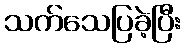
သက်သေပြခဲ့ပြီး